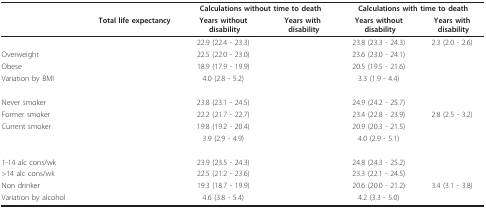
<table><thead><tr><td>[EMPTY_CELL]</td><td>[EMPTY_CELL]</td><td colspan="2"><b>Calculations without time to death</b></td><td colspan="2"><b>Calculations with time to death</b></td></tr><tr><td>[EMPTY_CELL]</td><td><b>Total life expectancy</b></td><td><b>Years without disability</b></td><td><b>Years withdisability</b></td><td><b>Years withoutdisability</b></td><td><b>Years withdisability</b></td></tr></thead><tbody><tr><td>[EMPTY_CELL]</td><td>[EMPTY_CELL]</td><td>22.9 (22.4 - 23.3)</td><td>[EMPTY_CELL]</td><td>23.8 (23.3 - 24.3)</td><td>2.3 (2.0 - 2.6)</td></tr><tr><td>Overweight</td><td>[EMPTY_CELL]</td><td>22.5 (22.0 - 23.0)</td><td>[EMPTY_CELL]</td><td>23.6 (23.0 - 24.1)</td><td>[EMPTY_CELL]</td></tr><tr><td>Obese</td><td>[EMPTY_CELL]</td><td>18.9 (17.9 - 19.9)</td><td>[EMPTY_CELL]</td><td>20.5 (19.5 - 21.6)</td><td>[EMPTY_CELL]</td></tr><tr><td>Variation by BMI</td><td>[EMPTY_CELL]</td><td>4.0 (2.8 - 5.2)</td><td>[EMPTY_CELL]</td><td>3.3 (1.9 - 4.4)</td><td>[EMPTY_CELL]</td></tr><tr><td>Never smoker</td><td>[EMPTY_CELL]</td><td>23.8 (23.1 - 24.5)</td><td>[EMPTY_CELL]</td><td>24.9 (24.2 - 25.7)</td><td>[EMPTY_CELL]</td></tr><tr><td>Former smoker</td><td>[EMPTY_CELL]</td><td>22.2 (21.7 - 22.7)</td><td>[EMPTY_CELL]</td><td>23.4 (22.8 - 23.9)</td><td>2.8 (2.5 - 3.2)</td></tr><tr><td>Current smoker</td><td>[EMPTY_CELL]</td><td>19.8 (19.2 - 20.4)</td><td>[EMPTY_CELL]</td><td>20.9 (20.3 - 21.5)</td><td>[EMPTY_CELL]</td></tr><tr><td>[EMPTY_CELL]</td><td>[EMPTY_CELL]</td><td>3.9 (2.9 - 4.9)</td><td>[EMPTY_CELL]</td><td>4.0 (2.9 - 5.1)</td><td>[EMPTY_CELL]</td></tr><tr><td>1-14 alc cons/wk</td><td>[EMPTY_CELL]</td><td>23.9 (23.5 - 24.3)</td><td>[EMPTY_CELL]</td><td>24.8 (24.3 - 25.2)</td><td>[EMPTY_CELL]</td></tr><tr><td>&gt;14 alc cons/wk</td><td>[EMPTY_CELL]</td><td>22.5 (21.2 - 23.6)</td><td>[EMPTY_CELL]</td><td>23.3 (22.1 - 24.5)</td><td>[EMPTY_CELL]</td></tr><tr><td>Non drinker</td><td>[EMPTY_CELL]</td><td>19.3 (18.7 - 19.9)</td><td>[EMPTY_CELL]</td><td>20.6 (20.0 - 21.2)</td><td>3.4 (3.1 - 3.8)</td></tr><tr><td>Variation by alcohol</td><td>[EMPTY_CELL]</td><td>4.6 (3.8 - 5.4)</td><td>[EMPTY_CELL]</td><td>4.2 (3.3 - 5.0)</td><td>[EMPTY_CELL]</td></tr></tbody></table>